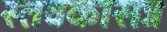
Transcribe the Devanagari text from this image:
स्तवकासन्न